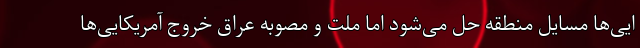
ایی‌ها مسایل منطقه حل می‌شود اما ملت و مصوبه عراق خروج آمریکایی‌ها